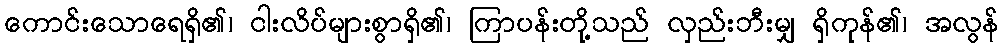
ကောင်းသောရေရှိ၏၊ ငါးလိပ်များစွာရှိ၏၊ ကြာပန်းတို့သည် လှည်းဘီးမျှ ရှိကုန်၏၊ အလွန်